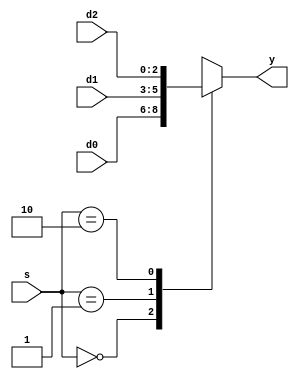
module mux_3_1_case (
	input      [1:0] s,
	input      [2:0] d0,
	input      [2:0] d1,
	input      [2:0] d2,
	output reg [2:0] y
);

always @(*) begin
	case (s)
		2'b00: y = d0;
		2'b01: y = d1;
		2'b10: y = d2;
		default: y = 3'bxxx;
	endcase
end

endmodule